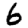
Digit: 6